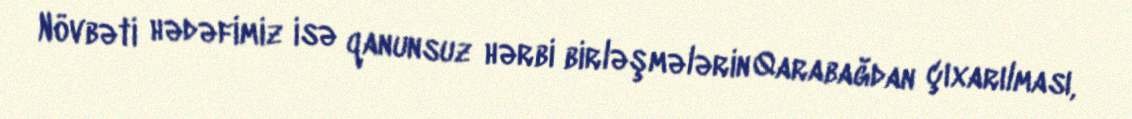
Növbəti hədəfimiz isə qanunsuz hərbi birləşmələrin Qarabağdan çıxarılması,